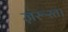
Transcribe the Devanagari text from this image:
ज़रूरत।